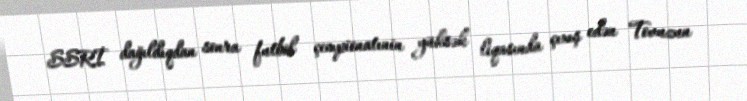
SSRİ dağıldıqdan sonra futbol çempionatınin yüksək liqasında çıxış edən Tovuzun